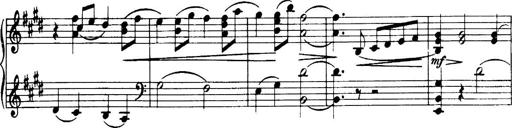
Title: 3 Sonatinas, Op.67
Composer: Jean Sibelius